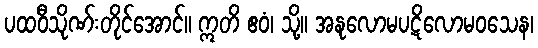
ပထဝီသိုဏ်းတိုင်အောင်။ ဣတိ ဧဝံ၊ သို့။ အနုလောမပဋိလောမဝသေန၊